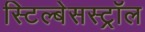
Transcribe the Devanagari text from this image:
स्टिल्बेसस्ट्रॉल